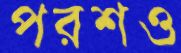
পরশও